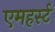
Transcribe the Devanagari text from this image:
एमहर्स्‍ट